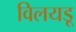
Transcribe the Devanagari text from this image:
विलयडू